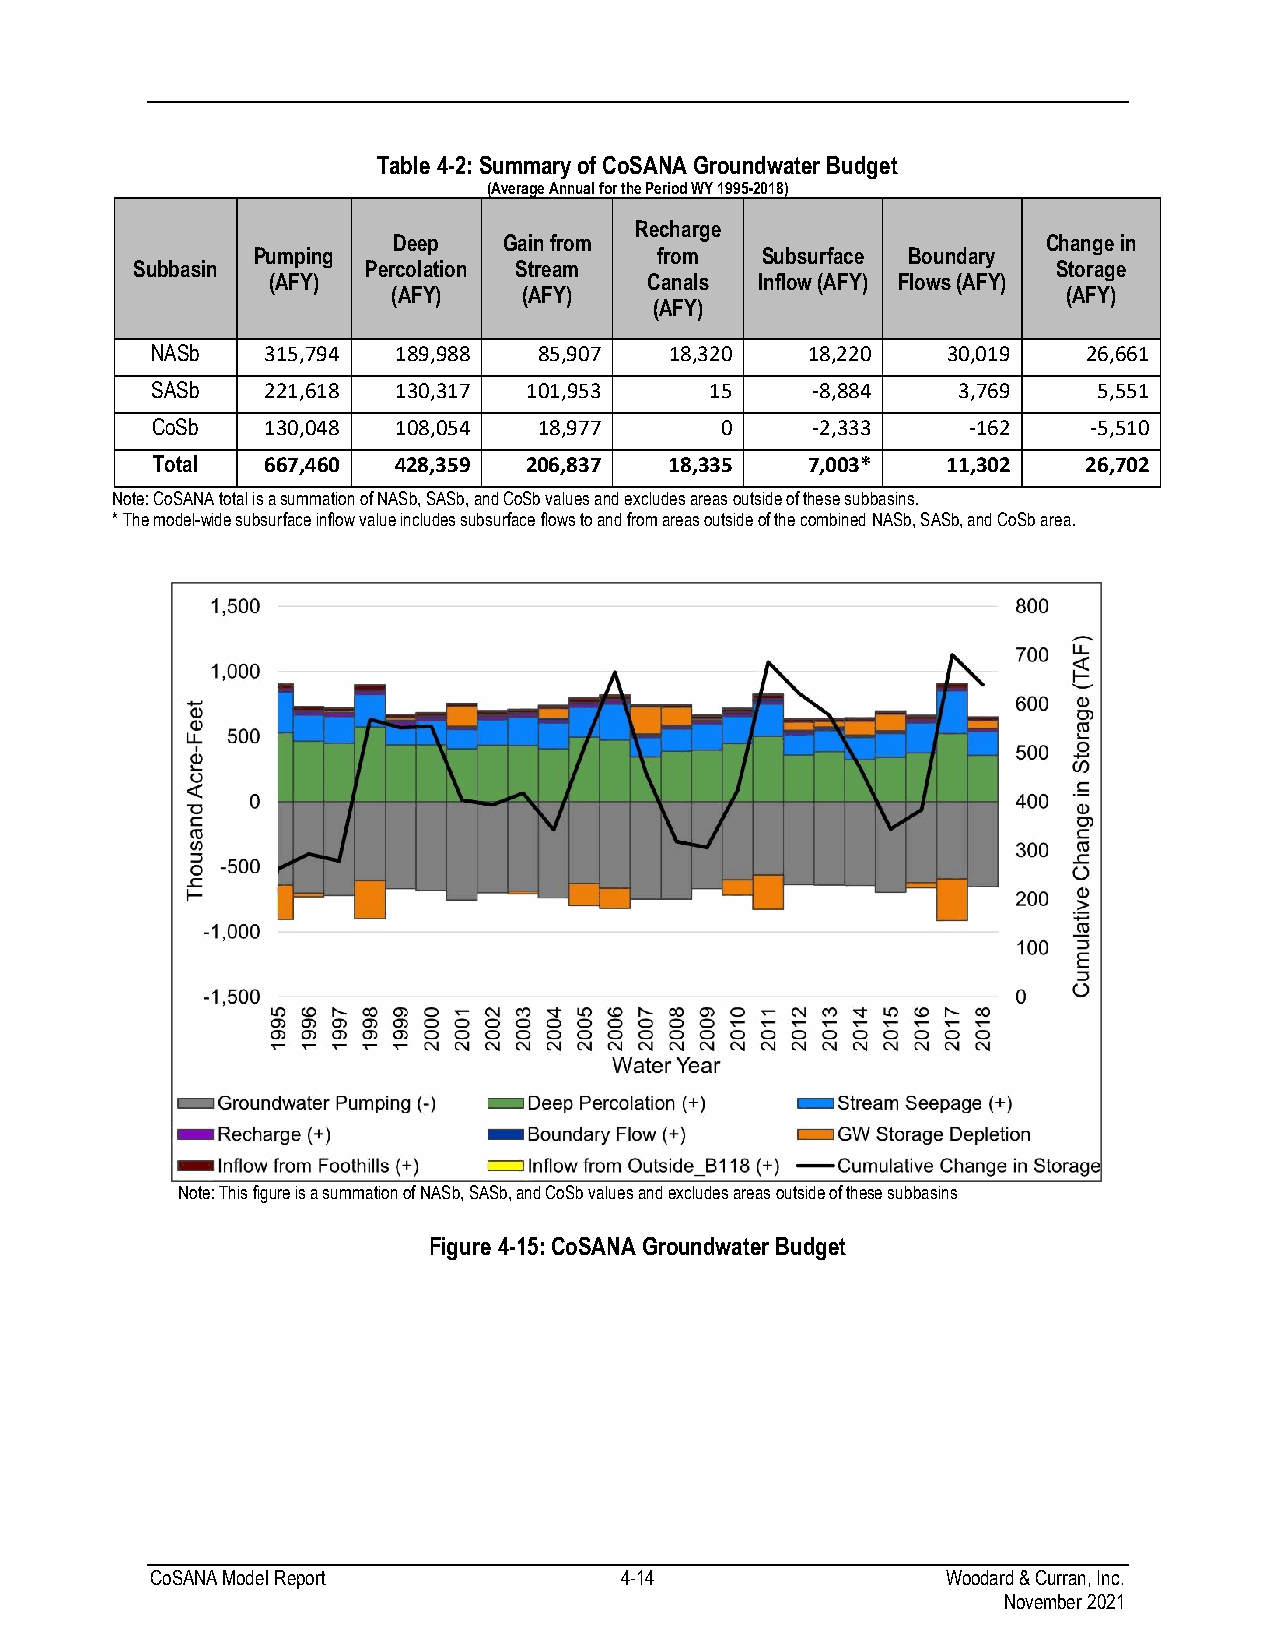
Table 4-2: Summary of CoSANA Groundwater Budget
 (Average Annual for the Period WY 1995-2018)
 Recharge
 Deep   Gain from                           Change in
 Pumping                    from  Subsurface Boundary
 Subbasin       Percolation Stream                            Storage
 (AFY)                    Canals Inflow (AFY) Flows (AFY)
 (AFY)    (AFY)                               (AFY)
 (AFY)
 NASb   315,794  189,988   85,907  18,320   18,220    30,019   26,661
 SASb   221,618  130,317  101,953     15     -8,884   3,769     5,551
 CoSb   130,048  108,054   18,977      0     -2,333    -162    -5,510
 Total  667,460  428,359  206,837  18,335   7,003*    11,302   26,702
 Note: CoSANA total is a summation of NASb, SASb, and CoSb values and excludes areas outside of these subbasins.
 * The model-wide subsurface inflow value includes subsurface flows to and from areas outside of the combined NASb, SASb, and CoSb area.
 Note: This figure is a summation of NASb, SASb, and CoSb values and excludes areas outside of these subbasins
 Figure 4-15: CoSANA Groundwater Budget
 CoSANA Model Report            4-14                  Woodard & Curran, Inc.
 November 2021